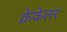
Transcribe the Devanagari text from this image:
क्रेकेलर